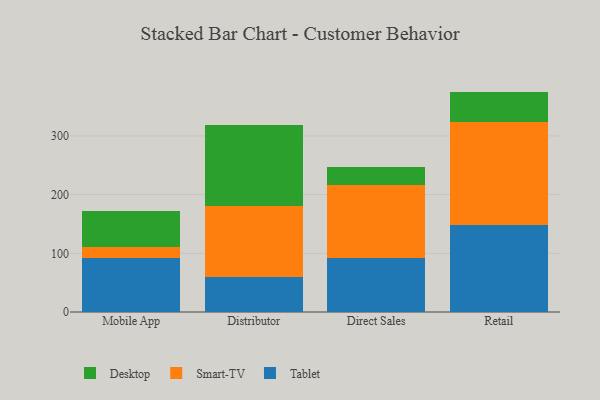
{"axis": {"x": "Channel", "y": "Inventory Turnover"}, "legend": ["Desktop", "Smart-TV", "Tablet"], "data": [{"x": "Mobile App", "y": 92.3, "type": "Tablet"}, {"x": "Mobile App", "y": 17.6, "type": "Smart-TV"}, {"x": "Mobile App", "y": 61.4, "type": "Desktop"}, {"x": "Distributor", "y": 59.0, "type": "Tablet"}, {"x": "Distributor", "y": 121.3, "type": "Smart-TV"}, {"x": "Distributor", "y": 138.4, "type": "Desktop"}, {"x": "Direct Sales", "y": 91.7, "type": "Tablet"}, {"x": "Direct Sales", "y": 125.0, "type": "Smart-TV"}, {"x": "Direct Sales", "y": 30.1, "type": "Desktop"}, {"x": "Retail", "y": 148.3, "type": "Tablet"}, {"x": "Retail", "y": 174.7, "type": "Smart-TV"}, {"x": "Retail", "y": 52.5, "type": "Desktop"}]}